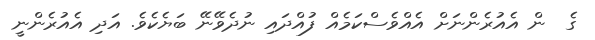
ގެ  ން އެއުރެންނަށް އެއްވެސްކަމެއް ފުއްދައި ނުދެވޭނޭ ބަޔެކެވެ. އަދި އެއުރެންނީ